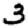
Digit: 3